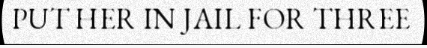
PUT HER IN JAIL FOR THREE